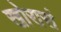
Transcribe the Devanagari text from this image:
खोरासं